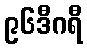
၉၆ဒီဂရီ